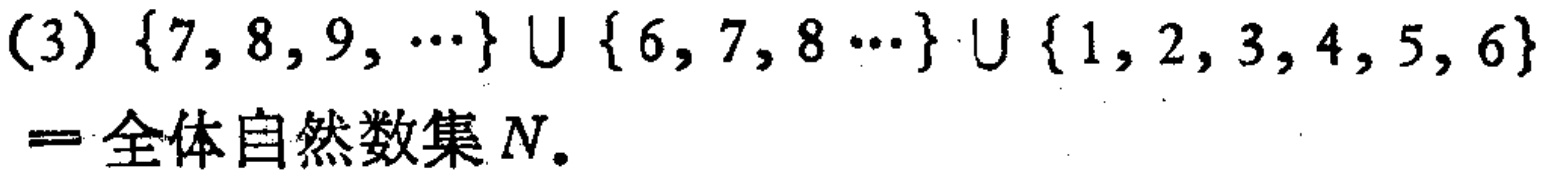
(3) \(\{7, 8, 9, \cdots\} \cup \{6, 7, 8 \cdots\} \cup \{1, 2, 3, 4, 5, 6\}=\)全体自然数集\(N\)。